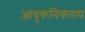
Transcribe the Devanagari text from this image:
आधुकनिकतम